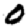
Digit: 0